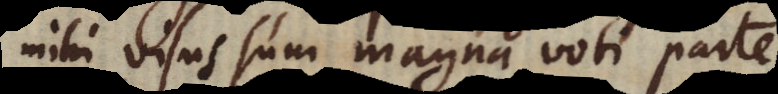
mihi visus sum magna voti parte